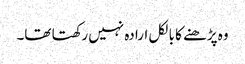
وہ پڑھنے کا بالکل ارادہ نہیں رکھتا تھا۔